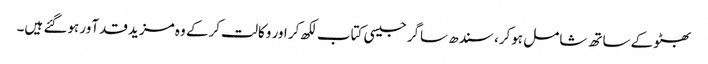
بھٹو کے ساتھ شامل ہوکر، سندھ ساگر جیسی کتاب لکھ کر اور وکالت کرکے وہ مزید قدآور ہوگئے ہیں۔